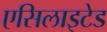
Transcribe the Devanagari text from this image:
एसिलाइटेड